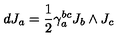
d J _ { a } = { \frac { 1 } { 2 } } \gamma _ { a } ^ { b c } J _ { b } \wedge J _ { c }